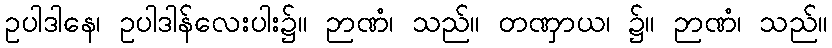
ဥပါဒါနေ၊ ဥပါဒါန်လေးပါး၌။ ဉာဏံ၊ သည်။ တဏှာယ၊ ၌။ ဉာဏံ၊ သည်။